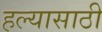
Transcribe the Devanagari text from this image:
हल्यासाठी